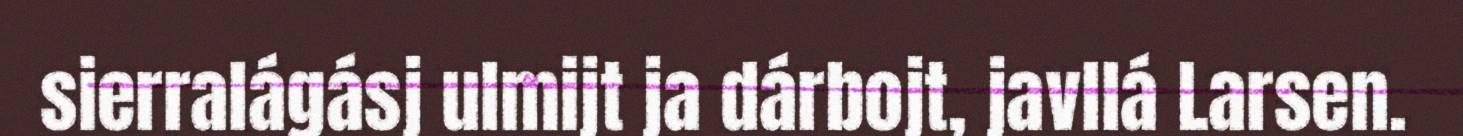
sierralágásj ulmijt ja dárbojt, javllá Larsen.